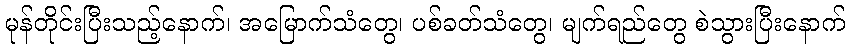
မုန်တိုင်းပြီးသည့်နောက်၊ အမြောက်သံတွေ၊ ပစ်ခတ်သံတွေ၊ မျက်ရည်တွေ စဲသွားပြီးနောက်